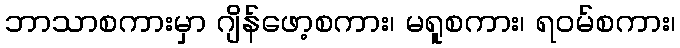
ဘာသာစကားမှာ ဂျိန်ဖော့စကား၊ မရူစကား၊ ရဝမ်စကား၊